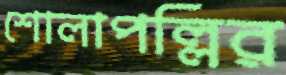
শোলাপল্লির